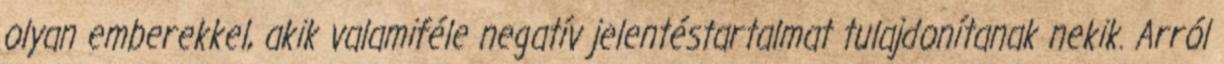
olyan emberekkel, akik valamiféle negatív jelentéstartalmat tulajdonítanak nekik. Arról